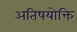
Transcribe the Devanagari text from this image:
अतिषयोक्ति